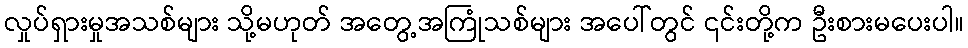
လှုပ်ရှားမှုအသစ်များ သို့မဟုတ် အတွေ့အကြုံသစ်များ အပေါ်တွင် ၎င်းတို့က ဦးစားမပေးပါ။